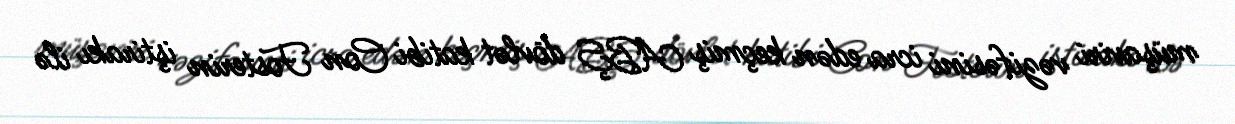
müşaviri vəzifəsini icra edən keçmiş ABŞ dövlət katibi Con Fosterin iştirakı ilə